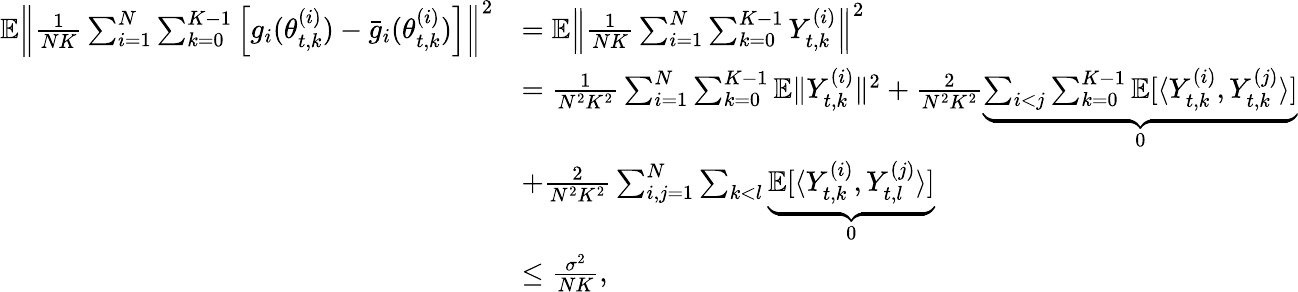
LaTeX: \begin{array}{rl}{\mathbb{E}\left\| \frac{1}{NK}\sum_{i=1}^{N}\sum_{k=0}^{K-1}\left[g_{i}(\theta_{t,k}^{(i)})-\bar{g}_{i}(\theta_{t,k}^{(i)})\right]\right\| ^{2}}&{=\mathbb{E}\left\| \frac{1}{NK}\sum_{i=1}^{N}\sum_{k=0}^{K-1}Y_{t,k}^{(i)}\right\| ^{2}}\\ &{=\frac{1}{N^{2}K^{2}}\sum_{i=1}^{N}\sum_{k=0}^{K-1}\mathbb{E}\lVert Y_{t,k}^{(i)}\rVert^{2}+\frac{2}{N^{2}K^{2}}\underbrace{\sum_{i<j}\sum_{k=0}^{K-1}\mathbb{E}[\langle Y_{t,k}^{(i)},Y_{t,k}^{(j)}\rangle]}_{0}}\\ &{+\frac{2}{N^{2}K^{2}}\sum_{i,j=1}^{N}\sum_{k<l}\underbrace{\mathbb{E}[\langle Y_{t,k}^{(i)},Y_{t,l}^{(j)}\rangle]}_{0}}\\ &{\le\frac{\sigma^{2}}{NK},}\end{array}